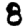
Digit: 8